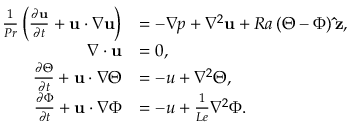
\begin{array} { r l } { \frac { 1 } { P r } \left( \frac { \partial \mathbf { u } } { \partial t } + \mathbf { u } \cdot \nabla \mathbf { u } \right) } & { = - \nabla p + \nabla ^ { 2 } \mathbf { u } + R a \left( \Theta - \Phi \right) \mathbf { \hat { z } } , } \\ { \nabla \cdot \mathbf { u } } & { = 0 , } \\ { \frac { \partial \Theta } { \partial t } + \mathbf { u } \cdot \nabla \Theta } & { = - u + \nabla ^ { 2 } \Theta , } \\ { \frac { \partial \Phi } { \partial t } + \mathbf { u } \cdot \nabla \Phi } & { = - u + \frac { 1 } { L e } \nabla ^ { 2 } \Phi . } \end{array}